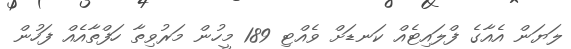
ލަޔަން އެއާގެ ފްލައިޓެއް ކަނޑަށް ވެއްޓި 189 މީހުން މަރުވިތާ ހަފްތާއެއް ފަހުން